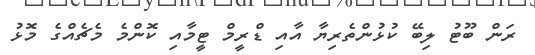
ރަން ބޫޓު ލިބޭ ކުޅުންތެރިޔާ އާއި ޑްރީމް ޓީމާއި ކޮންމެ މެޗެއްގެ މޮޅު